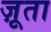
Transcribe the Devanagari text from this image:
ज़ूता